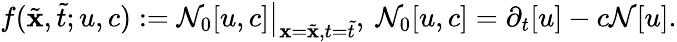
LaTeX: f(\tilde{\textbf{x}},\tilde{t};u,c):=\mathcal{N}_{0}[u,c]\big|_{\textbf{x}=\tilde{\textbf{x}},t=\tilde{t}},\ \mathcal{N}_{0}[u,c]=\partial_{t}[u]-c\mathcal{N}[u].